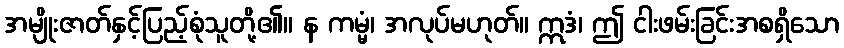
အမျိုးဇာတ်နှင့်ပြည့်စုံသူတို့၏။ န ကမ္မံ၊ အလုပ်မဟုတ်။ ဣဒံ၊ ဤ ငါးဖမ်းခြင်းအစရှိသော